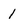
Character: 1